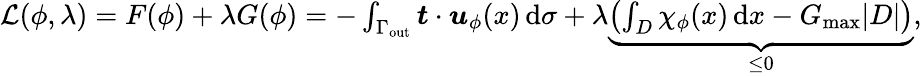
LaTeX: \begin{array}{r}{\mathcal{L}(\phi,\lambda)=F(\phi)+\lambda G(\phi)=-\int_{\Gamma_{\mathrm{out}}}\boldsymbol{t}\cdot\boldsymbol{u}_{\phi}(x)\, \mathrm{d}\sigma+\lambda\underbrace{\left(\int_{D}\chi_{\phi}(x)\, \mathrm{d}x-G_{\mathrm{max}}|D|\right)}_{\le 0},}\end{array}